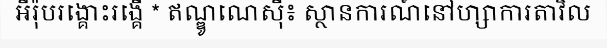
អឺរ៉ុបរង្គោះរង្គើ * ឥណ្ឌូណេស៊ី៖ ស្ថានការណ៍នៅហ្សាការតាវិល